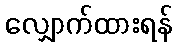
လျှောက်ထားရန်